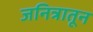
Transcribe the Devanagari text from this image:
जनित्रातून